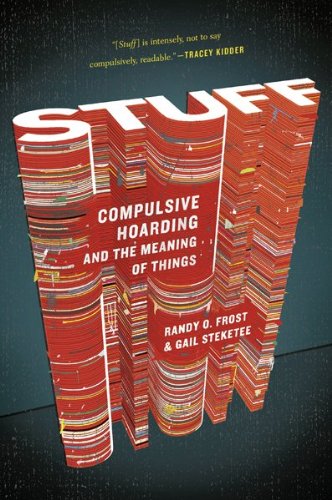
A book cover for Stuff: Compulsive Hoarding and the Meaning of Things; Gail Steketee; Health, Fitness & Dieting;